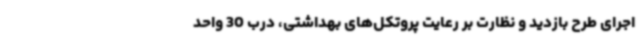
اجرای طرح بازدید و نظارت بر رعایت پروتکل‌های بهداشتی، درب 30 واحد